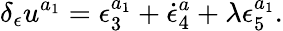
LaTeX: \delta_{\epsilon}u^{a_{1}}=\epsilon_{3}^{a_{1}}+\dot{\epsilon}_{4}^{a}+\lambda\epsilon_{5}^{a_{1}}.